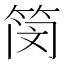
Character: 𫂃